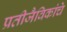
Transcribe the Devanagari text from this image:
प्रतीजैविकांचे